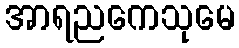
အာရညကေသုမေ